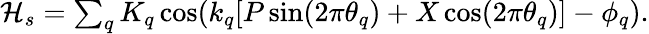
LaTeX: \begin{array}{r}{\mathcal{H}_{s}=\sum_{q}K_{q}\cos(k_{q}[P\sin(2\pi\theta_{q})+X\cos(2\pi\theta_{q})]-\phi_{q}).}\end{array}